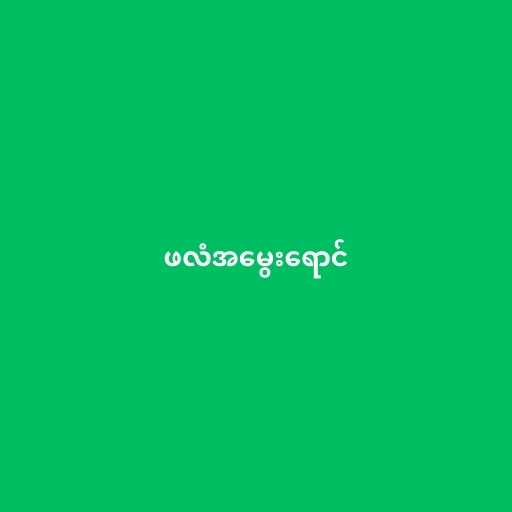
ဖလံအမွေးရောင်